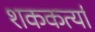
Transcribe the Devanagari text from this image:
शककर्त्या